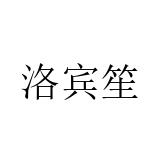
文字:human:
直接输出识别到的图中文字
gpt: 洛宾笙